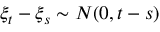
\xi _ { t } - \xi _ { s } \sim N ( 0 , t - s )